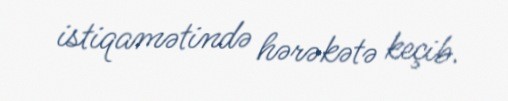
istiqamətində hərəkətə keçib.